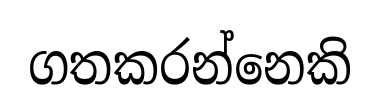
ගතකරන්නෙකි